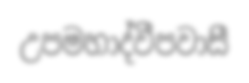
උපමහාද්වීපවාසී